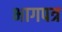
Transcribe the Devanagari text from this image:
भागपत्र